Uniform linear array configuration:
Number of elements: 32
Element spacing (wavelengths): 0.5
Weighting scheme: kaiser
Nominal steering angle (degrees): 15
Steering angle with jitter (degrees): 13.827
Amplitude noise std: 0.05
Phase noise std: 0.05

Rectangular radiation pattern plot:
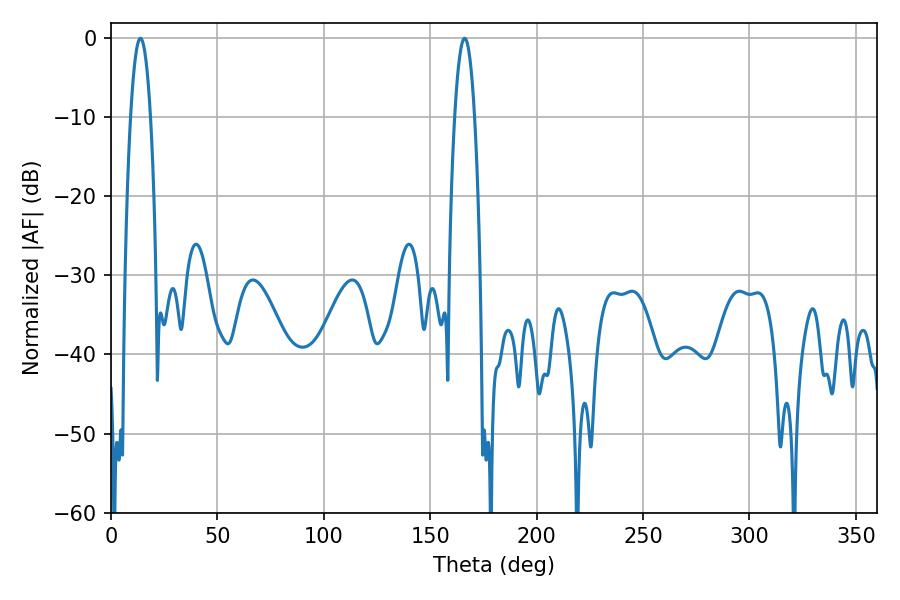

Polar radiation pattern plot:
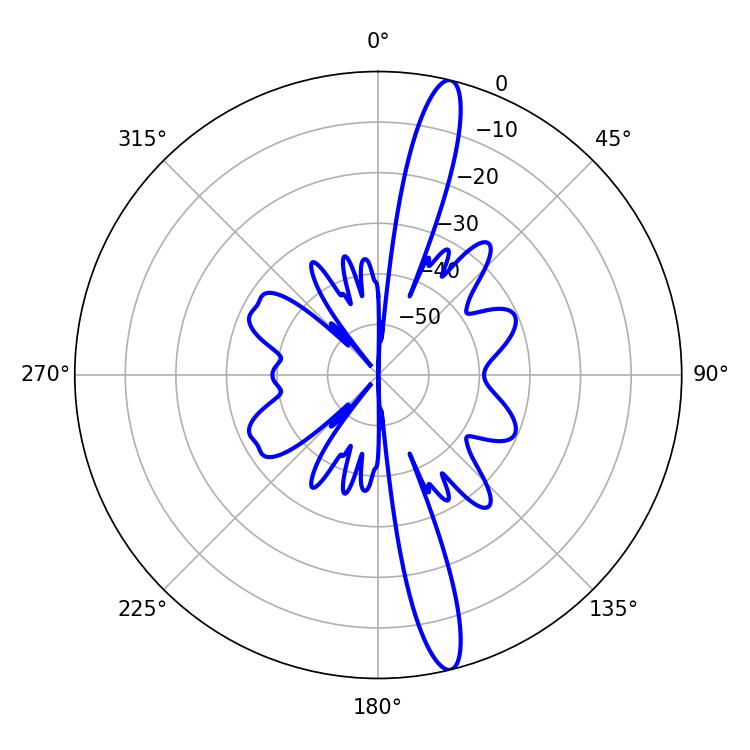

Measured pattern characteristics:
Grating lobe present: FALSE
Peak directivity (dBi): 16.287
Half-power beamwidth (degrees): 5.04
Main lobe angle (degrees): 13.86